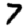
Digit: 7